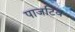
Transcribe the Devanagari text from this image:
पाजटिव